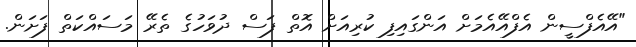
"އޭއެފްސީން އެފްއޭއެމަށް އަންގައިފި ކުރިއަށް އޮތް ފަސް ދުވަހުގެ ތެރޭ މަސައްކަތް ފަށަން.